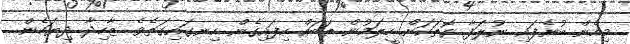
މިހެން ބުނެފައި ނުލަފާ ގޮތަކަށް ހީލަމުން ތަބައް ހިފައިގެން ހިނގައިގަތެވެ. ޒާހިދާ ދިޔަހެން